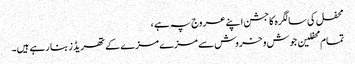
محفل کی سالگرہ کاجشن اپنے عروج پہ ہے ،
تمام محفلین جوش و خروش سے مزے مزے کے تھریڈز بنا رہے ہیں۔